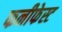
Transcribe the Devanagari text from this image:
फनीफेस्ट